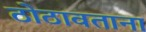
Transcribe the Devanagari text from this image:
ठोठावताना